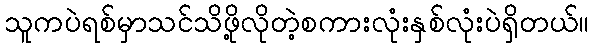
သူကပဲရစ်မှာသင်သိဖို့လိုတဲ့စကားလုံးနှစ်လုံးပဲရှိတယ်။